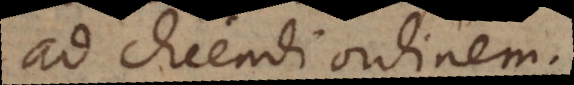
ad dicendi ordinem.